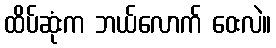
ထိပ်ဆုံးက ဘယ်လောက် ဝေးလဲ။